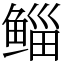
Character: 鲻